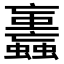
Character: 𧕕